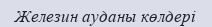
Железин ауданы көлдері